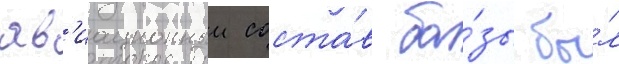
ав'иационныи соста́в ба́зы бы́л